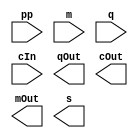

module MultiplierRemainRow (
    input  pp,
    input  m,
    input  q,
    input  cIn,
    
    output qOut,
    output cOut,
    output mOut,
    output s
);


endmodule